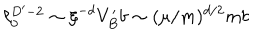
\ell _ { 0 } ^ { D ^ { \prime } - 2 } \sim \xi ^ { - d } V _ { B } ^ { \prime } b \sim ( \mu / m ) ^ { d / 2 } m b